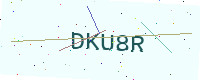
Text: DKU8R